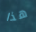
هذا